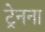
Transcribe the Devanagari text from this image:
ट्रेनना